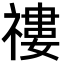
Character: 䄛